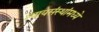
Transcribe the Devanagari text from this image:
न्यायसंस्थांमध्ये